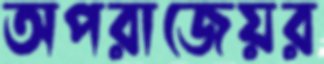
অপরাজেয়র